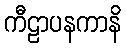
ကီဠာပနကာနိ